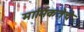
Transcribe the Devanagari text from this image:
मार्मिकतेचे